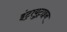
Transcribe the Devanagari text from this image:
इंट्रायुट्राइन